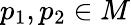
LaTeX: p_{1},p_{2}\in M